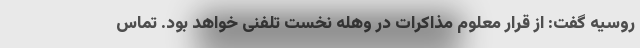
روسیه گفت: از قرار معلوم مذاکرات در وهله نخست تلفنی خواهد بود. تماس